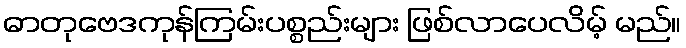
ဓာတုဗေဒကုန်ကြမ်းပစ္စည်းများ ဖြစ်လာပေလိမ့် မည်။